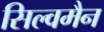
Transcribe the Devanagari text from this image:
सिल्वमैन